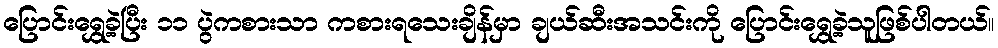
ပြောင်းရွှေ့ခဲ့ပြီး ၁၁ ပွဲကစားသာ ကစားရသေးချိန်မှာ ချယ်ဆီးအသင်းကို ပြောင်းရွှေ့ခဲ့သူဖြစ်ပါတယ်။